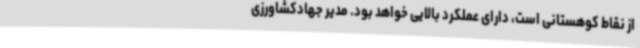
از نقاط کوهستانی است، دارای عملکرد بالایی خواهد بود. مدیر جهادکشاورزی